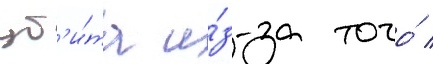
уб'и́та и́з-за того́ /